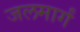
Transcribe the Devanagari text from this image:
जलमार्गं